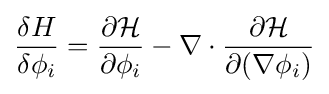
{\frac {\delta H}{\delta \phi _{i}}}={\frac {\partial {\mathcal {H}}}{\partial \phi _{i}}}-\nabla \cdot {\frac {\partial {\mathcal {H}}}{\partial (\nabla \phi _{i})}}